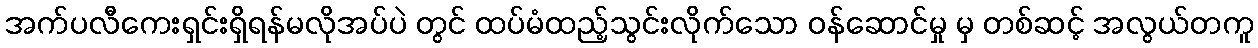
အက်ပလီကေးရှင်းရှိရန်မလိုအပ်ပဲ တွင် ထပ်မံထည့်သွင်းလိုက်သော ဝန်ဆောင်မှု မှ တစ်ဆင့် အလွယ်တကူ